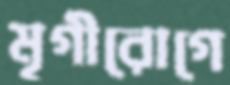
মৃগীরোগে